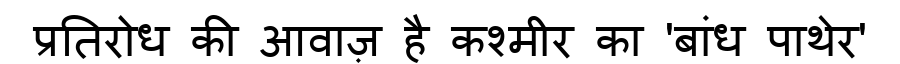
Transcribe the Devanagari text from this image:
प्रतिरोध की आवाज़ है कश्मीर का 'बांध पाथेर'